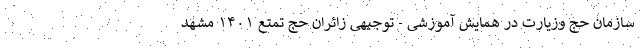
سازمان حج وزیارت در همایش آموزشی - توجیهی زائران حج تمتع ۱۴۰۱ مشهد